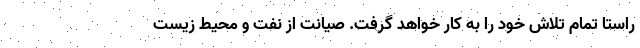
راستا تمام تلاش خود را به کار خواهد گرفت. صیانت از نفت و محیط زیست